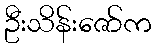
ဦးသိန်းဇော်က